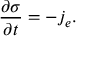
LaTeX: \frac { \partial \sigma } { \partial t } = - j _ { e } .